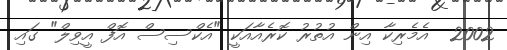
2002  އެމެރިކާ އިން އުތުރު ކޮރެއާއަކީ "އެކްސިސް އޮފް އީވިލް" ގައި